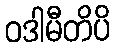
ဝဒါမီတိပိ